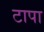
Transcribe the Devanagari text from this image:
टापा